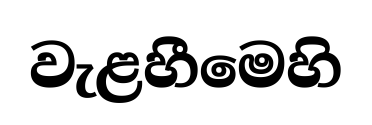
වැළහීමෙහි